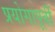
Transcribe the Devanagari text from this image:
प्रयोगापूर्वी